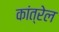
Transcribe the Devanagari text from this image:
कांत्रेल